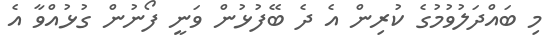
މި ބައްދަލުވުމުގެ ކުރިން އެ ދެ ބޭފުޅުން ވަނީ ފޯނުން ގުޅުއްވާ އެ